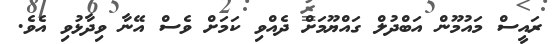
ރައީސް މައުމޫން އަބްދުލް ގައްޔޫމަށް ދެއްވި ކަމަށް ވެސް އޭނާ ވިދާޅުވި އެވެ.